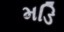
મડિ